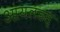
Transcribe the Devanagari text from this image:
आयलंडस्